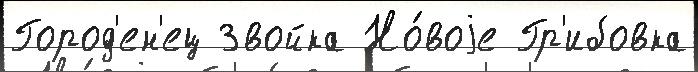
Город'ен'ец Звойка Но́воjе Гр'ибовка